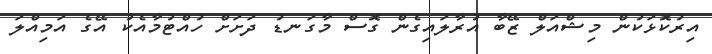
އިރުކޮޅަކުން މިޝްއަލް ޒޭބާ އުރާލައިގެން ގޮސް މާގަނޑު ދަށަށް ހުއްޓުމާއެކު އޭގެ އަމިއްލަ